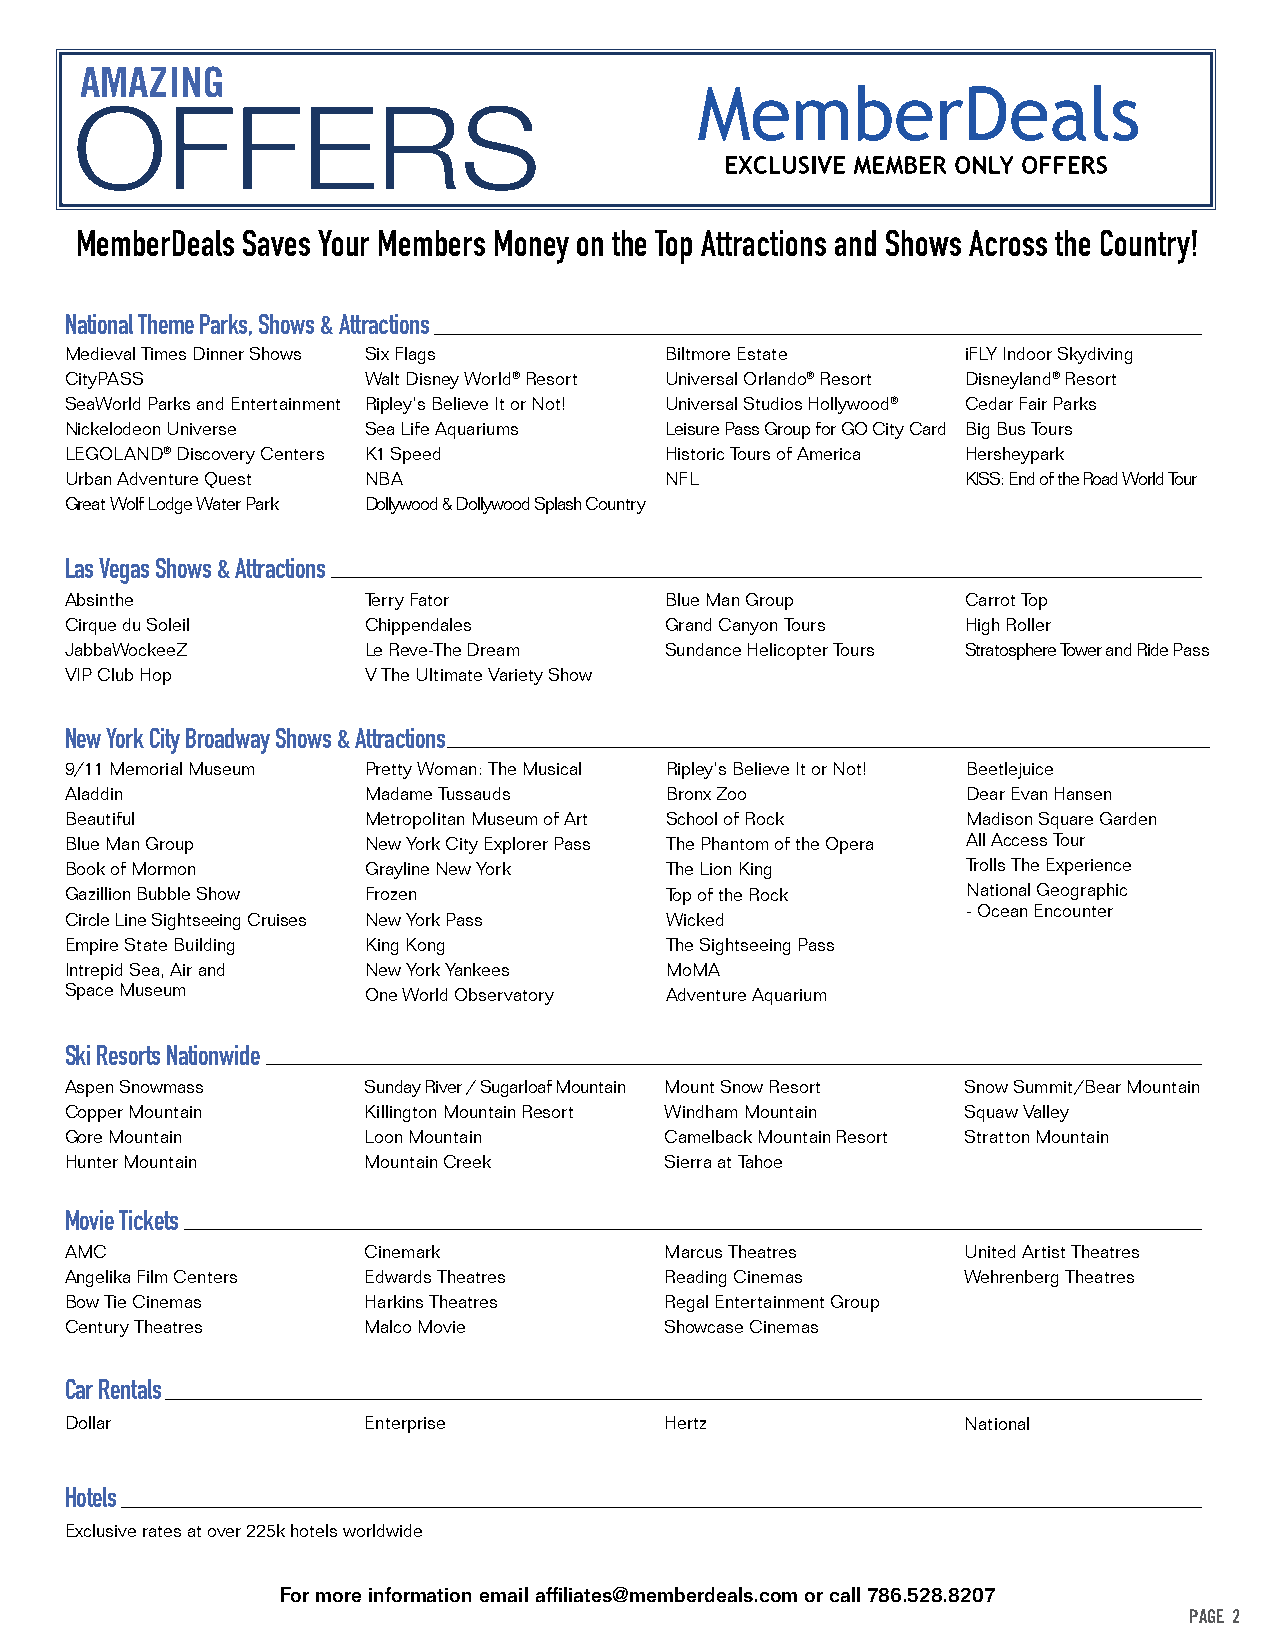
AMAZING
 OFFERS
 MemberDeals Saves Your Members Money on the Top Attractions and Shows Across the Country!
 National Theme Parks, Shows & Attractions
 Medieval Times Dinner Shows Six Flags   Biltmore Estate     iFLY Indoor Skydiving
 CityPASS            Walt Disney World® Resort Universal Orlando® Resort Disneyland® Resort
 SeaWorld Parks and Entertainment Ripley’s Believe It or Not! Universal Studios Hollywood® Cedar Fair Parks
 Nickelodeon Universe Sea Life Aquariums Leisure Pass Group for GO City Card Big Bus Tours
 LEGOLAND® Discovery Centers K1 Speed    Historic Tours of America Hersheypark
 Urban Adventure Quest NBA               NFL                 KISS: End of the Road World Tour
 Great Wolf Lodge Water Park Dollywood & Dollywood Splash Country
 Las Vegas Shows & Attractions
 Absinthe            Terry Fator         Blue Man Group      Carrot Top
 Cirque du Soleil    Chippendales        Grand Canyon Tours  High Roller
 JabbaWockeeZ        Le Reve-The Dream   Sundance Helicopter Tours Stratosphere Tower and Ride Pass
 VIP Club Hop        V The Ultimate Variety Show
 New York City Broadway Shows & Attractions
 9/11 Memorial Museum Pretty Woman: The Musical Ripley’s Believe It or Not! Beetlejuice
 Aladdin             Madame Tussauds     Bronx Zoo           Dear Evan Hansen
 Beautiful           Metropolitan Museum of Art School of Rock Madison Square Garden
 Blue Man Group      New York City Explorer Pass The Phantom of the Opera All Access Tour
 Book of Mormon      Grayline New York   The Lion King       Trolls The Experience
 Gazillion Bubble Show Frozen            Top of the Rock     National Geographic
 - Ocean Encounter
 Circle Line Sightseeing Cruises New York Pass Wicked
 Empire State Building King Kong         The Sightseeing Pass
 Intrepid Sea, Air and New York Yankees  MoMA
 Space Museum        One World Observatory Adventure Aquarium
 Ski Resorts Nationwide
 Aspen Snowmass      Sunday River / Sugarloaf Mountain Mount Snow Resort Snow Summit/Bear Mountain
 Copper Mountain     Killington Mountain Resort Windham Mountain Squaw Valley
 Gore Mountain       Loon Mountain       Camelback Mountain Resort Stratton Mountain
 Hunter Mountain     Mountain Creek      Sierra at Tahoe
 Movie Tickets
 AMC                 Cinemark            Marcus Theatres     United Artist Theatres
 Angelika Film Centers Edwards Theatres  Reading Cinemas     Wehrenberg Theatres
 Bow Tie Cinemas     Harkins Theatres    Regal Entertainment Group
 Century Theatres    Malco Movie         Showcase Cinemas
 Car Rentals
 Dollar              Enterprise          Hertz               National
 Hotels
 Exclusive rates at over 225k hotels worldwide
 For more information email affiliates@memberdeals.com or call 786.528.8207
 PAGE 2